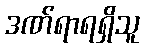
ဒဏ်ရာရရှိသူ